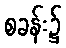
စခန်း၌